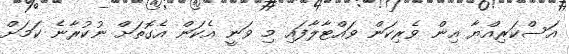
އަސްކަރިއްޔާ އިން ވެރިކަން ވައްޓާލާފައި މި ވަނީ އެކަން އެގޮތަށް ނުކުރާނެ ކަމަށް